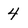
Character: 4